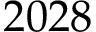
2 0 2 8